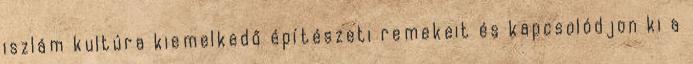
iszlám kultúra kiemelkedő építészeti remekeit és kapcsolódjon ki a